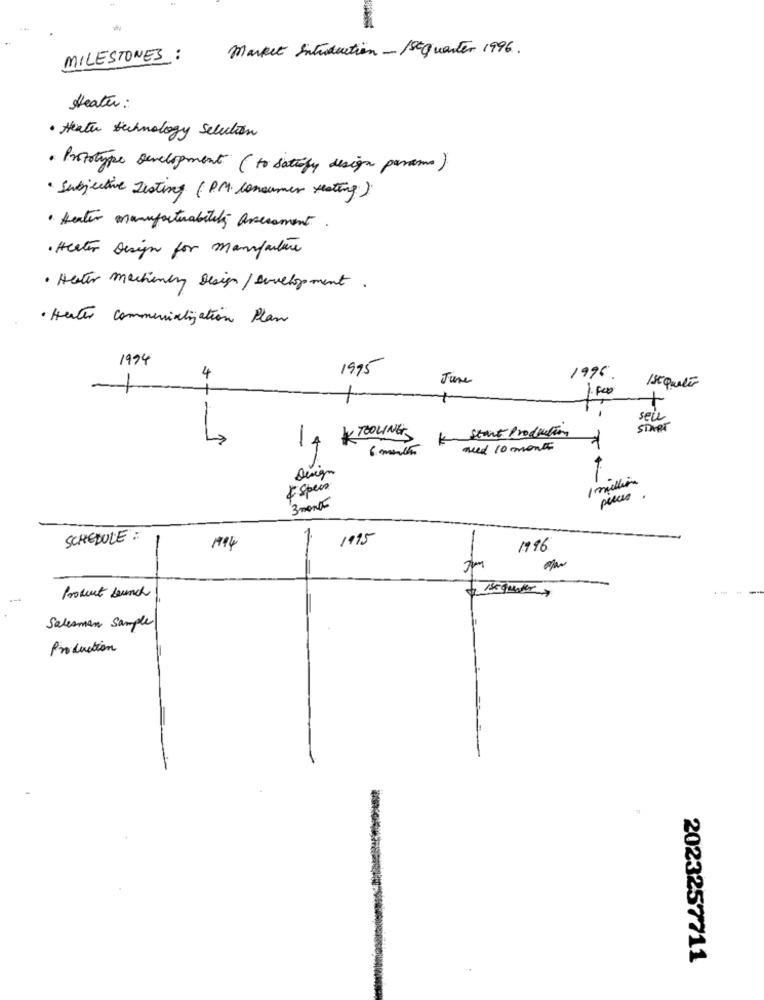
Market Introduction - 1Stquarter 1996.
MILESTONES :
Heater :
· Heater technology selection
· Prototype Development ( to satisfy design params)
· Subjective Listing (P.M. Consumer Heating).
· Heater manufactuability averement
· Heater Design for manufacture
· Hater machenin Design/ Development.
· Heater Commercialization Plan
1994
1995
June
1996 .
IstQueles
.
seul
START
TOOLING
Ke start Production
++ =3
14
need 10 month
Design
1 million
Espeis
3 months
SCHEDULE :
1995
-
-
1994
1996
Product Launch
Salesman Sample
Production
2023257711